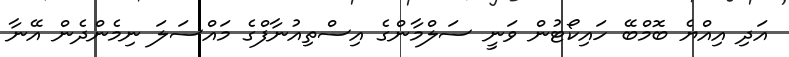
އަދި އިއްޔެ ބޮމްބޭ ހައިކޯޓުން ވަނީ ސަލްމާންގެ އިސްތިއުނާފްގެ މައްސަލަ ނިމެންދެން އޭނާ